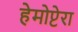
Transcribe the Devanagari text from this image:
हेमोप्टेरा